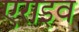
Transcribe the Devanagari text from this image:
एराइव